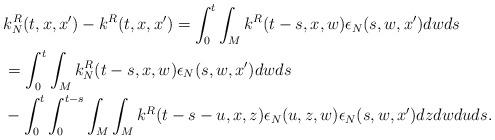
LaTeX: \begin{align*}&k_N^R(t,x,x') - k^R(t,x,x') = \int_0^t\int_Mk^R(t-s,x,w)\epsilon_N(s,w,x')dwds\\&= \int_0^t\int_Mk_N^R(t-s,x,w)\epsilon_N(s,w,x')dwds \\&- \int_0^t\int_0^{t-s}\int_M\int_Mk^R(t-s-u,x,z)\epsilon_N(u,z,w)\epsilon_N(s,w,x')dzdwduds.\end{align*}